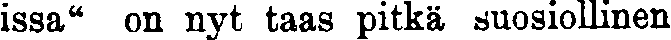
ssa" on nyt taas pitkä suosiollinen